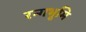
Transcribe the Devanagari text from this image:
रन्गभूमि